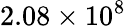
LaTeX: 2.08\times 10^{8}